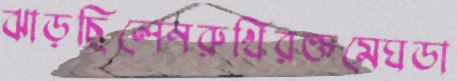
ঝাড়ছিলেনরুখিরক্তমেঘডা